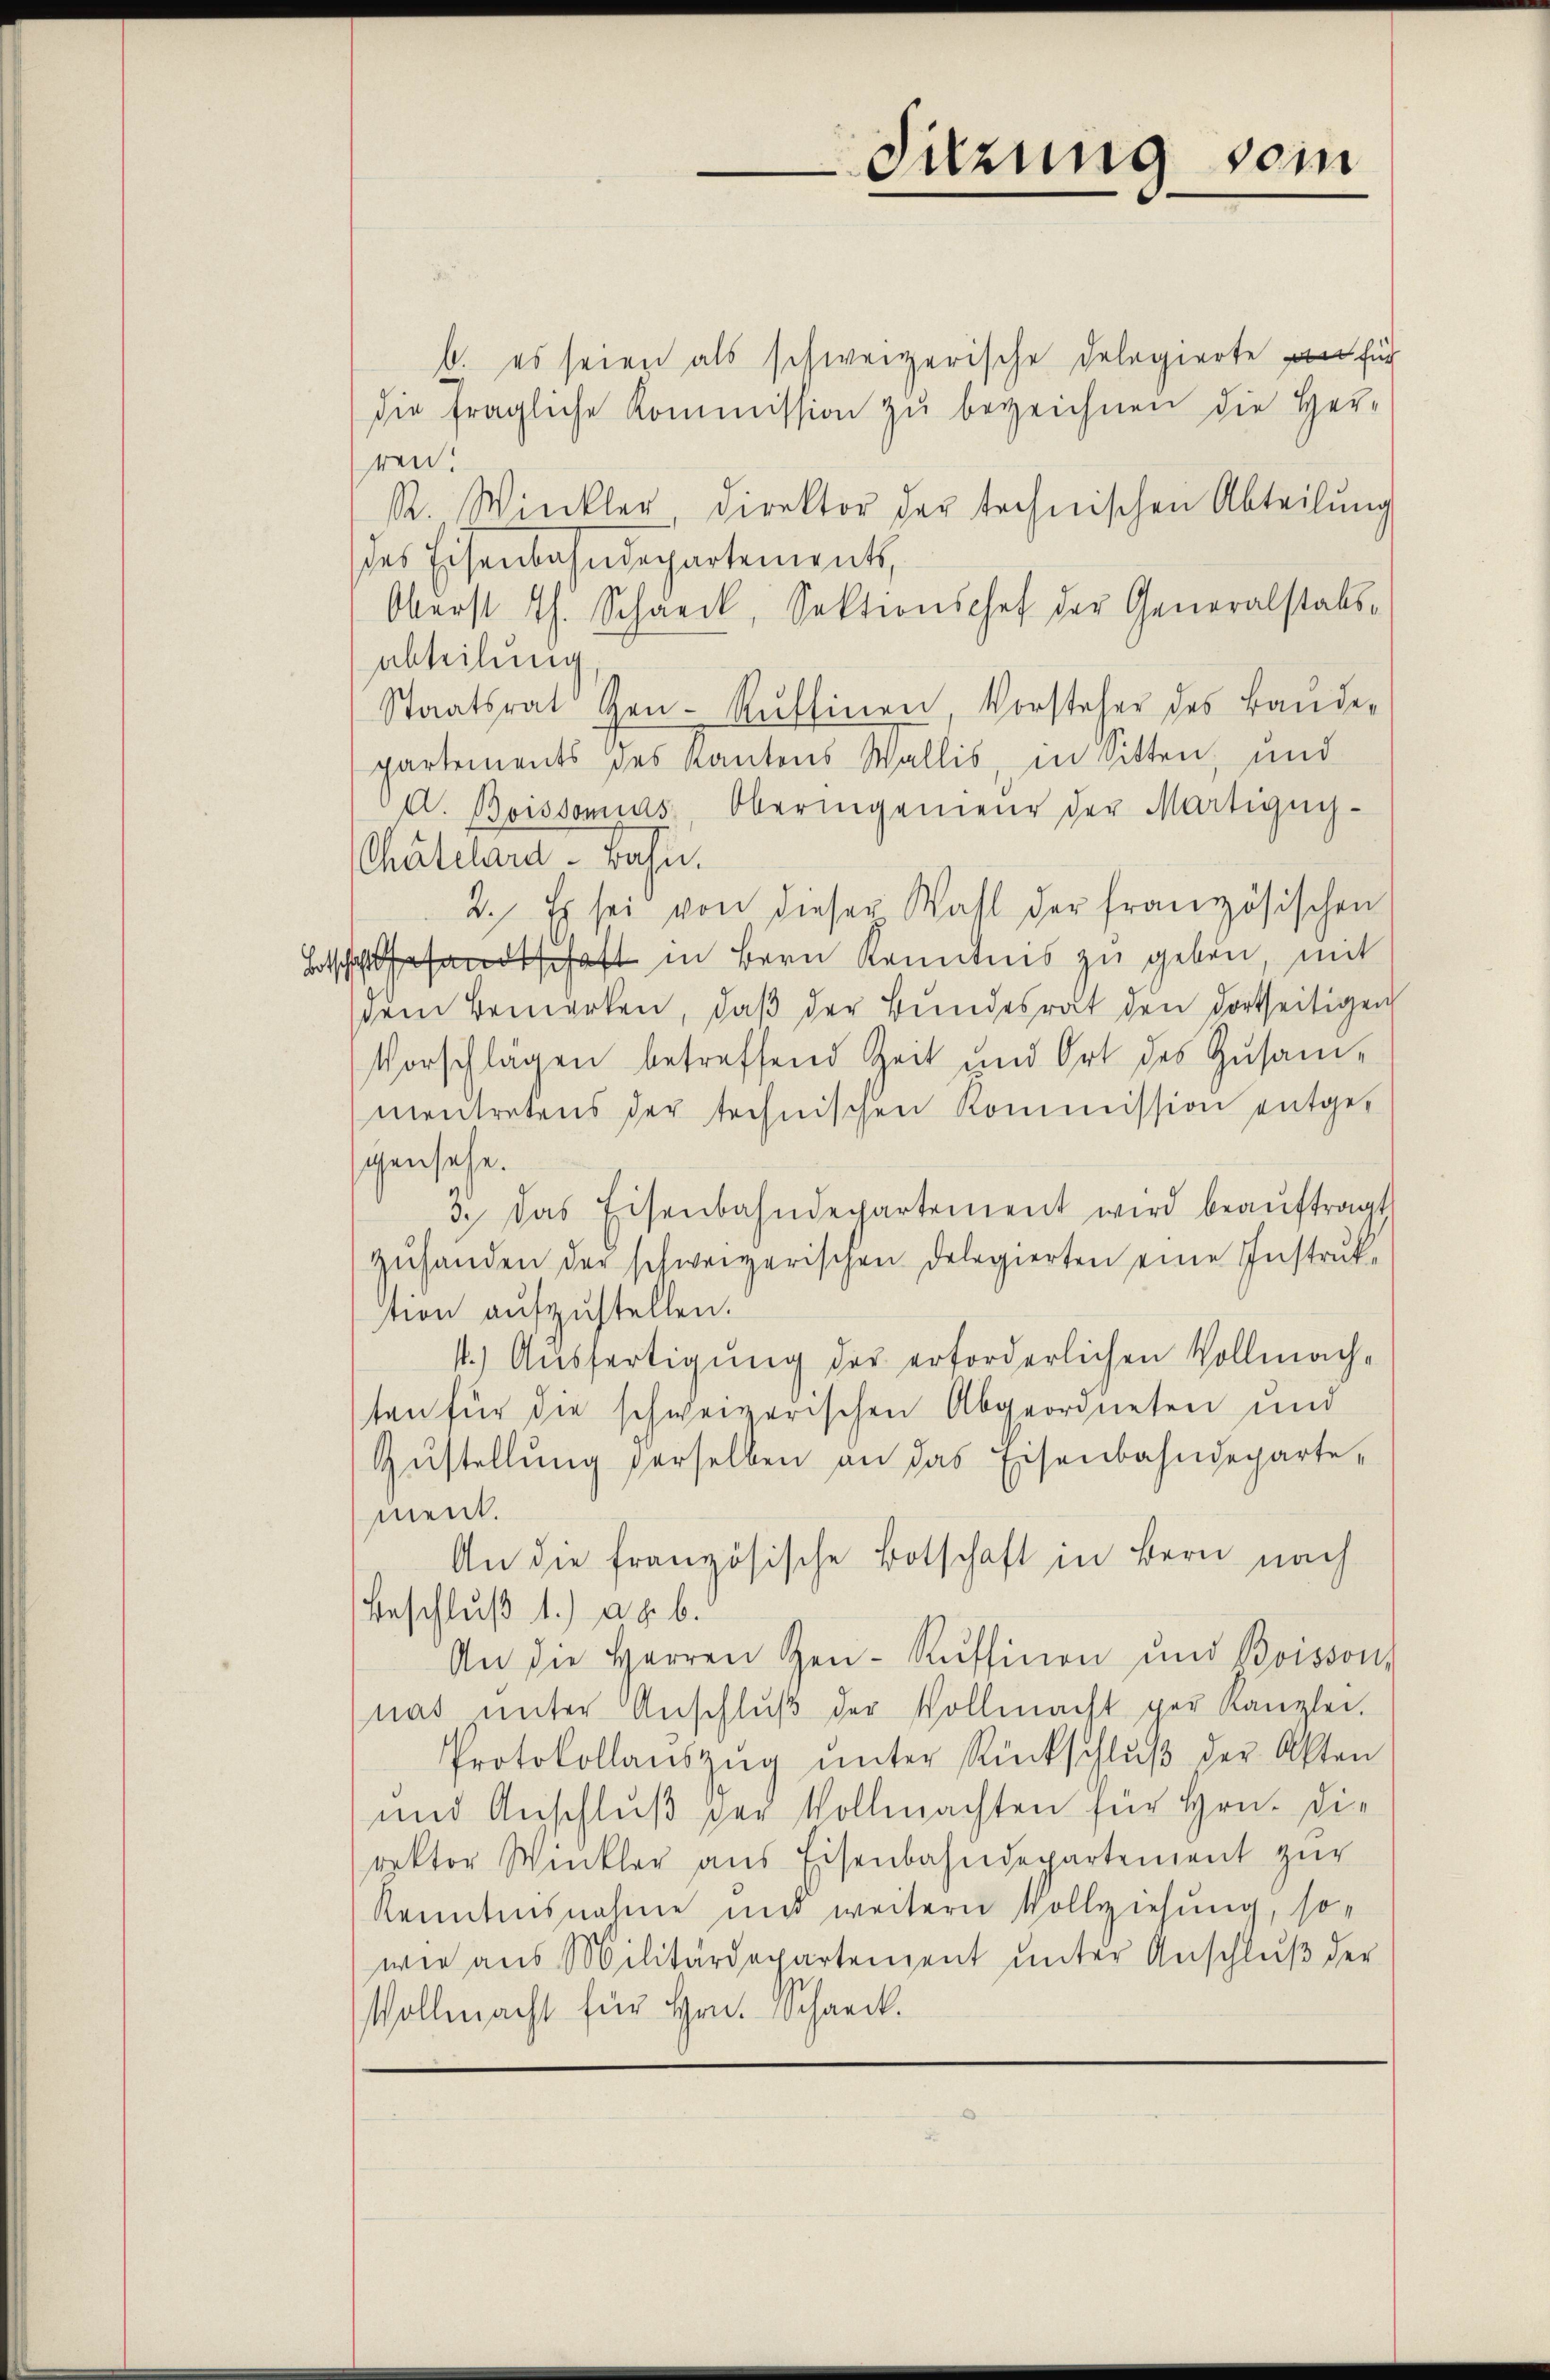
Sitzung vom

b. es seien als schweizerische Delegierte für
die fragliche Kommission zu bezeichnen die Her-
ren!
R. Winkler Direktor der technischen Abteilŭng
(des Eisenbahndepartements,
Oberst Th. Schneck, Sektionschef der Generalstabs-
abteilung
Staatsrat Ge- Rŭftinen, Vorsteher des Baŭde-
partements des Kantons Wallis, in Sitten, und
A. Boissonias Oberingenieur der Martigny-
Chatelard Bahn.
2. Es sei von dieser Wahl der französischen
Botschaftesandtschaft in Bern Kenntnis zu geben, mit
dem Bemerken, daß der Bundesrat den dortseitigen
Vorschlägen betreffend Zeit und Ort des Zusam-
mentretens der technischen Kommission entgegensehe.
3. Das Eisenbahndepartement wird beaŭftragt
zuhanden der schweizerischen Delegierten eine Instruktion aufzustellen.
1.) Ausfertigung der erforderlichen Vollmachten für die schweizerischen Abgeordneten und
Zustellung derselben an das Eisenbahndepartement.
An die französische Botschaft in Bern nach
Beschluß 1.) a. b.
An die Herren Gen-Ruffinon und Boisson,
nat unter Anschlŭβ der Vollmacht ger Kanzlei.
Protokollanszŭg ŭnter Rückschlŭβ der Akten
und Anschluß der Vollmachten für Hrn. Die
rektor Winkler aus Eisenbahndepartement zur
Kenntnisnahme und weitern Vollziehung, so
wie aus Militärdepartenzent unter Anschluß der
Vollmacht für Hrn. Schreck